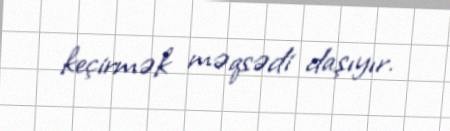
keçirmək məqsədi daşıyır.